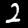
Label: 2